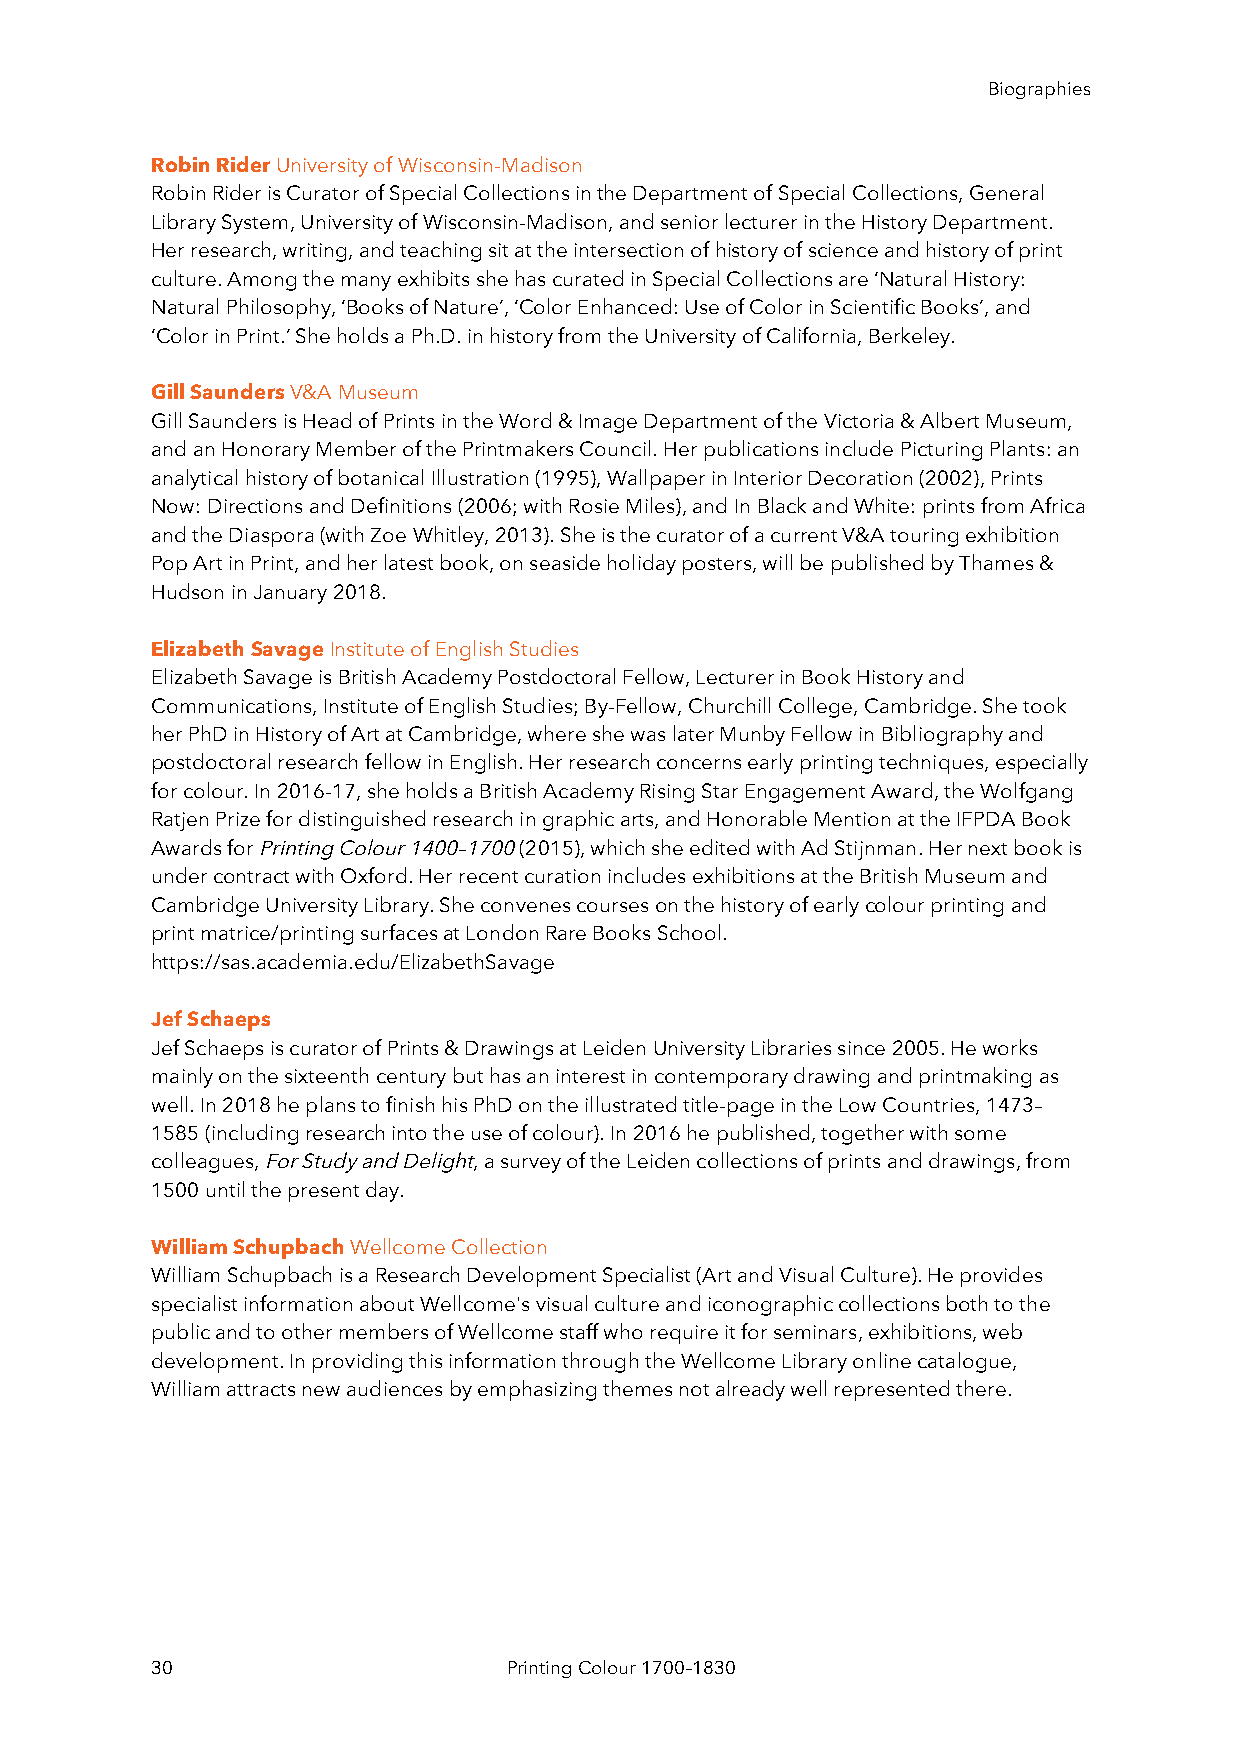
Biographies
 Robin Rider University of Wisconsin-Madison
 Robin Rider is Curator of Special Collections in the Department of Special Collections, General
 Library System, University of Wisconsin-Madison, and senior lecturer in the History Department.
 Her research, writing, and teaching sit at the intersection of history of science and history of print
 culture. Among the many exhibits she has curated in Special Collections are ‘Natural History:
 Natural Philosophy, ‘Books of Nature’, ‘Color Enhanced: Use of Color in Scientific Books’, and
 ‘Color in Print.’ She holds a Ph.D. in history from the University of California, Berkeley.
 Gill Saunders V&A Museum
 Gill Saunders is Head of Prints in the Word & Image Department of the Victoria & Albert Museum,
 and an Honorary Member of the Printmakers Council. Her publications include Picturing Plants: an
 analytical history of botanical Illustration (1995), Wallpaper in Interior Decoration (2002), Prints
 Now: Directions and Definitions (2006; with Rosie Miles), and In Black and White: prints from Africa
 and the Diaspora (with Zoe Whitley, 2013). She is the curator of a current V&A touring exhibition
 Pop Art in Print, and her latest book, on seaside holiday posters, will be published by Thames &
 Hudson in January 2018.
 Elizabeth Savage Institute of English Studies
 Elizabeth Savage is British Academy Postdoctoral Fellow, Lecturer in Book History and
 Communications, Institute of English Studies; By-Fellow, Churchill College, Cambridge. She took
 her PhD in History of Art at Cambridge, where she was later Munby Fellow in Bibliography and
 postdoctoral research fellow in English. Her research concerns early printing techniques, especially
 for colour. In 2016-17, she holds a British Academy Rising Star Engagement Award, the Wolfgang
 Ratjen Prize for distinguished research in graphic arts, and Honorable Mention at the IFPDA Book
 Awards for Printing Colour 1400–1700 (2015), which she edited with Ad Stijnman. Her next book is
 under contract with Oxford. Her recent curation includes exhibitions at the British Museum and
 Cambridge University Library. She convenes courses on the history of early colour printing and
 print matrice/printing surfaces at London Rare Books School.
 https://sas.academia.edu/ElizabethSavage
 Jef Schaeps
 Jef Schaeps is curator of Prints & Drawings at Leiden University Libraries since 2005. He works
 mainly on the sixteenth century but has an interest in contemporary drawing and printmaking as
 well. In 2018 he plans to finish his PhD on the illustrated title-page in the Low Countries, 1473–
 1585 (including research into the use of colour). In 2016 he published, together with some
 colleagues, For Study and Delight, a survey of the Leiden collections of prints and drawings, from
 1500 until the present day.
 William Schupbach Wellcome Collection
 William Schupbach is a Research Development Specialist (Art and Visual Culture). He provides
 specialist information about Wellcome's visual culture and iconographic collections both to the
 public and to other members of Wellcome staff who require it for seminars, exhibitions, web
 development. In providing this information through the Wellcome Library online catalogue,
 William attracts new audiences by emphasizing themes not already well represented there.
 30                      Printing Colour 1700–1830